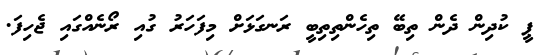
ޕީ ކުދިން ދެން ތިބޭ ތިހެންތިތިބީ ރަނގަޅަށް މިފަހަރު ގުއި ރޯނެއްގައި ޖެހިފަ.